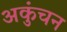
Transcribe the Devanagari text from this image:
अकुंचन